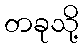
တခုသို့